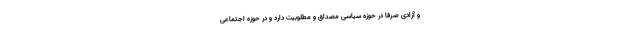
و آزادی‌ صرفا در حوزهٔ سیاسی مصداق و مطلوبیت دارد و در حوزهٔ اجتماعی